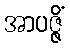
အာပဇ္ဇိံ